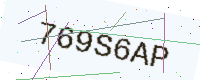
Text: 769S6AP